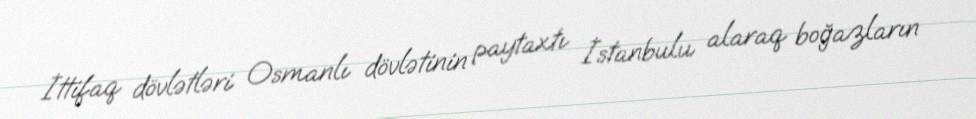
İttifaq dövlətləri Osmanlı dövlətinin paytaxtı İstanbulu alaraq boğazların